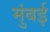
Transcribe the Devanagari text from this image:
मुंंबई